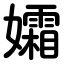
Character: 孀